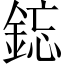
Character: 𫒥